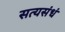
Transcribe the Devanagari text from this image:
सत्यसंधं